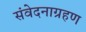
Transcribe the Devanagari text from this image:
संवेदनाग्रहण